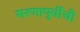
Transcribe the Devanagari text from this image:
मरणापूर्वीची